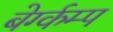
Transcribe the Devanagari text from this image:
बेर्ग्कम्प